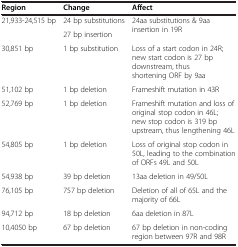
<table><thead><tr><td><b>Region</b></td><td><b>Change</b></td><td><b>Affect</b></td></tr></thead><tbody><tr><td rowspan="2">21,933-24,515 bp</td><td>24 bp substitutions</td><td rowspan="2">24aa substitutions &amp; 9aa insertion in 19R</td></tr><tr><td>27 bp insertion</td></tr><tr><td>30,851 bp</td><td>1 bp substitution</td><td>Loss of a start codon in 24R; new start codon is 27 bp downstream, thus shortening ORF by 9aa</td></tr><tr><td>51,102 bp</td><td>1 bp deletion</td><td>Frameshift mutation in 43R</td></tr><tr><td>52,769 bp</td><td>1 bp deletion</td><td>Frameshift mutation and loss of original stop codon in 46L; new stop codon is 319 bp upstream, thus lengthening 46L</td></tr><tr><td>54,805 bp</td><td>1 bp deletion</td><td>Loss of original stop codon in 50L, leading to the combination of ORFs 49L and 50L</td></tr><tr><td>54,938 bp</td><td>39 bp deletion</td><td>13aa deletion in 49/50L</td></tr><tr><td>76,105 bp</td><td>757 bp deletion</td><td>Deletion of all of 65L and the majority of 66L</td></tr><tr><td>94,712 bp</td><td>18 bp deletion</td><td>6aa deletion in 87L</td></tr><tr><td>10,4050 bp</td><td>67 bp deletion</td><td>67 bp deletion in non-coding region between 97R and 98R</td></tr></tbody></table>